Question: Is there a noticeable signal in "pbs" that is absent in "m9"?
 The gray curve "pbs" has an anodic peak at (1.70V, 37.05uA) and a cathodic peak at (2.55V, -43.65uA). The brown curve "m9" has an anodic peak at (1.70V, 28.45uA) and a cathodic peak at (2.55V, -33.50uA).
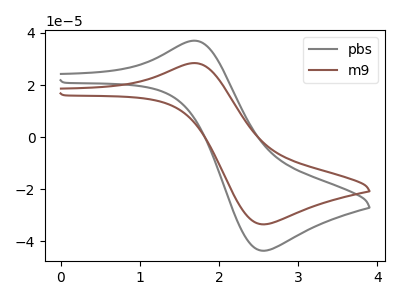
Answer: <think>All the peaks in "pbs" have a peak in "m9" at the same potential. Every peak in "pbs" is higher than every peak in "m9".
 </think>
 <answer>No, "pbs" and "m9" don't appear to be significantly different in shape</answer>
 <eval>no_change</eval>